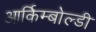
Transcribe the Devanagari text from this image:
आर्किम्बोल्डी